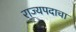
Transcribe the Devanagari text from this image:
राज्यपदाचा